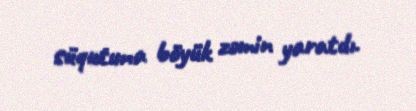
süqutuna böyük zəmin yaratdı.